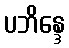
ပဘိန္ဒေ